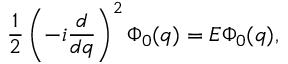
\frac { 1 } { 2 } \left( - i \frac { d } { d q } \right) ^ { 2 } \Phi _ { 0 } ( q ) = { \cal E } \Phi _ { 0 } ( q ) ,